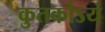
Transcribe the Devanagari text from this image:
कुतर्कोऽयं